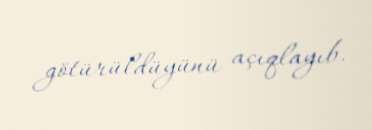
götürüldüyünü açıqlayıb.